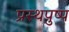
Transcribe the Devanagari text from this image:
प्रस्थपुष्प